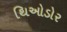
થિઓડોર